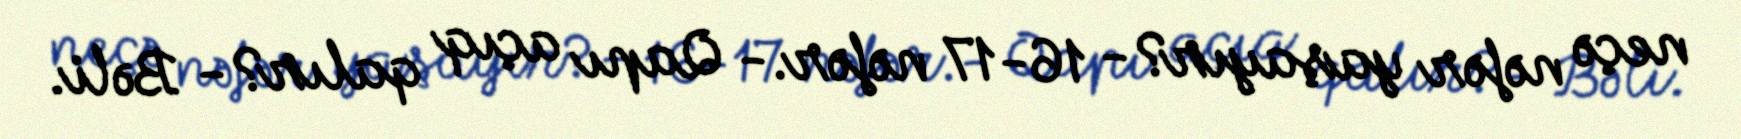
neçə nəfər yaşayır?- 16-17 nəfər.- Qapı açıq qalır?- Bəli.